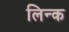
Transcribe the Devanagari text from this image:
लिन्क